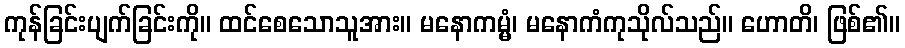
ကုန်ခြင်းပျက်ခြင်းကို။ ထင်စေသောသူအား။ မနောကမ္မံ၊ မနောကံကုသိုလ်သည်။ ဟောတိ၊ ဖြစ်၏။